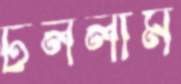
ঢললাম